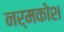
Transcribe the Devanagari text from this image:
नर्मकोश